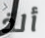
ألذ